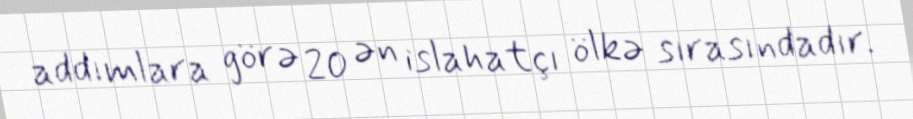
addımlara görə 20 ən islahatçı ölkə sırasındadır.